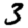
Digit: 3